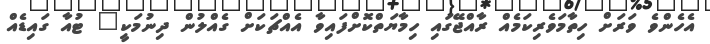
އެހެންވެ ވަރަށް ހިތާމަވެރިކަމެއް ރާއްޖޭގައި ހިމާޔަތްކޮށްފައިވާ އެއްޗަކަށް ގެއްލުން ދިނުމަކީ" ޓުއާ ގައިޑެއް